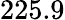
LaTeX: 225.9